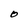
Character: O